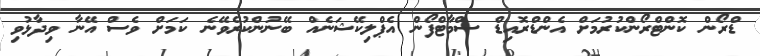
ޑްރޯން ކޮންޓްރޯންކުރުމަށް އެންޑްރޮއިޑް ސްމާޓްފޯން އެޕްލިކޭޝަނެއް ބޭނުންކުރެވޭނެ ކަމަށް ވެސް އޭނާ ވިދާޅުވި